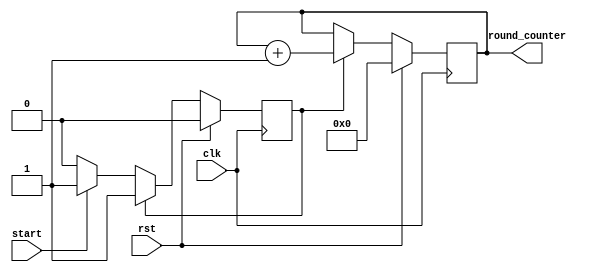

//////////////////////////////////////////////////////////////////////////////////
// Company: 	   COSIC, KU Leuven
// 
// Design Name: 
// Module Name:    counter_5bit 
// Project Name:   TI with Non-Uniform Inputs
// Target Devices: 
// Tool versions: 
// Description: 
//
// Dependencies: 
//
// Revision: 
// Revision 0.01 - File Created
// Additional Comments: 
//
//////////////////////////////////////////////////////////////////////////////////
module counter_5bit(
	input wire clk,
	input wire rst,
	input wire start,
	output wire [4:0] round_counter
);
	
	localparam STATE_IDLE = 1'h0;
	localparam STATE_WORK = 1'h1;
	
	reg state = STATE_IDLE;
	
	reg [4:0] counter;
	
	always @(posedge clk) begin 
		if (rst) begin
			counter <= 5'b0;
			state <= STATE_IDLE;
		end
		else begin
			case (state)
				STATE_IDLE: begin
					if (start) begin
						state <= STATE_WORK;
					end
				end
				STATE_WORK: begin
					counter <= counter + 1'b1;
				end
			endcase
		end
	end
	
	assign round_counter = counter;

endmodule